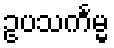
ဥပသင်္ကမ္မ